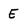
Character: E